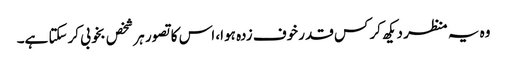
وہ یہ منظر دیکھ کر کس قدر خوف زدہ ہوا، اس کا تصور ہر شخص بخوبی کرسکتا ہے۔